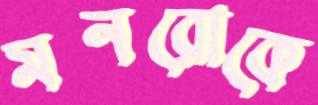
মনরোকে